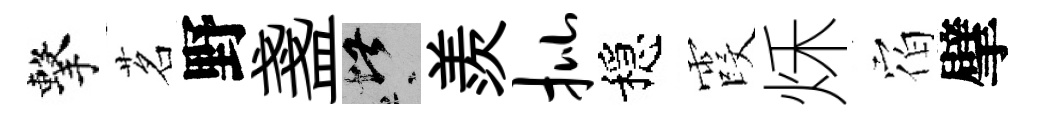
擊茗野盞堪羨批穩霞秌𪧐擘